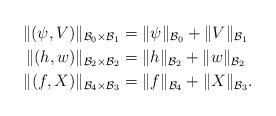
LaTeX: \begin{align*}\| (\psi, V) \|_{\mathcal{B}_0\times \mathcal{B}_1} &= \|\psi \|_{\mathcal{B}_0} + \| V \|_{\mathcal{B}_1}\\\| (h,w)\|_{\mathcal{B}_2\times \mathcal{B}_2} &= \|h \|_{\mathcal{B}_2} + \| w \|_{\mathcal{B}_2} \\\| (f,X)\|_{\mathcal{B}_4\times \mathcal{B}_3} &= \|f \|_{\mathcal{B}_4} + \| X \|_{\mathcal{B}_3}.\end{align*}